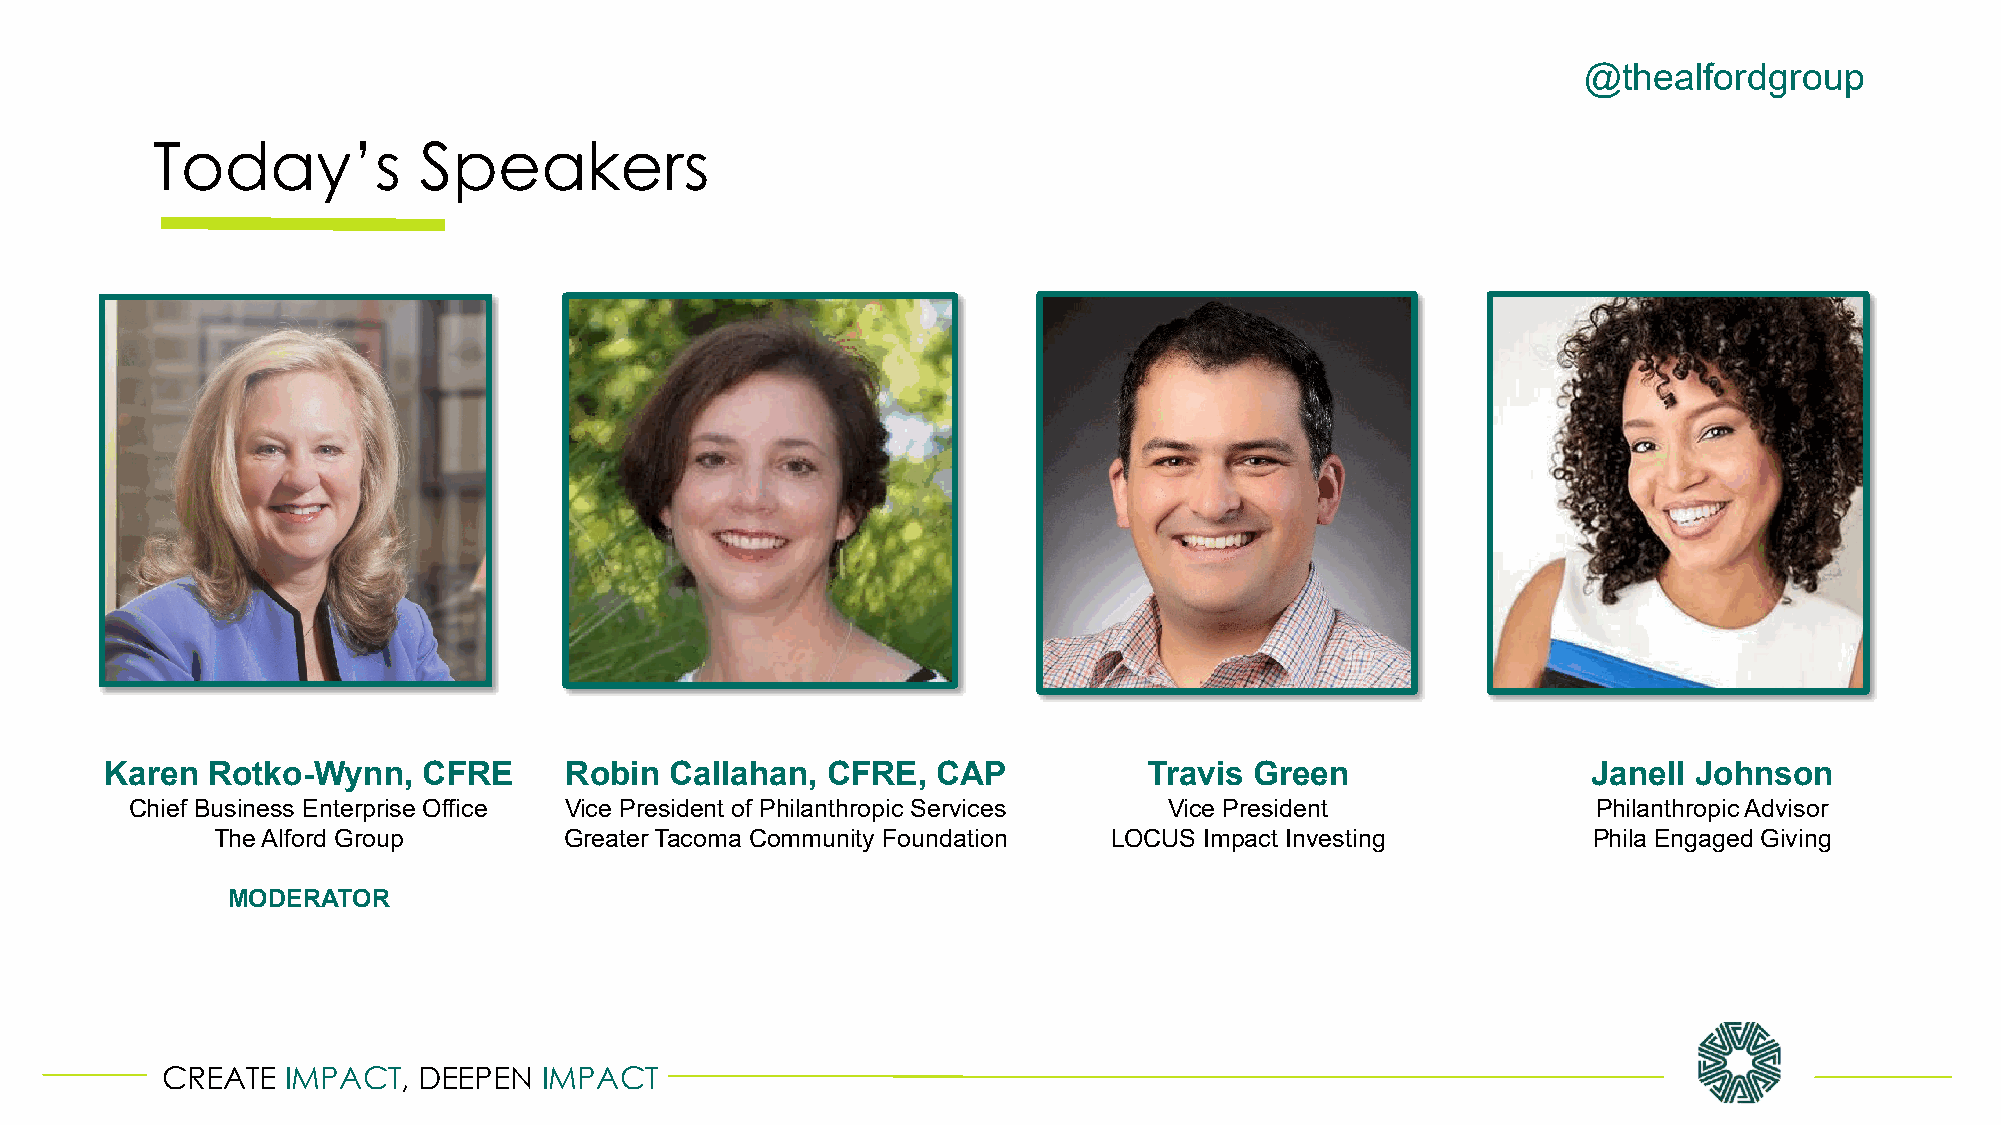
@thealfordgroup
 Today’s           Speakers
 Karen  Rotko-Wynn,   CFRE     Robin  Callahan,  CFRE,  CAP           Travis Green                 Janell Johnson
 Chief Business Enterprise Office Vice President of Philanthropic Services Vice President         Philanthropic Advisor
 The Alford Group       Greater Tacoma Community Foundation LOCUS  Impact Investing         Phila Engaged Giving
 MODERATOR
 CREATE  IMPACT,  DEEPEN  IMPACT